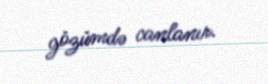
gözümdə canlanır.